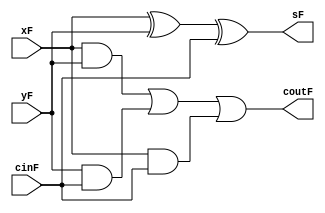
 module fullAdder(cinF,xF,yF,sF,coutF);

		input cinF,xF,yF;
		output reg sF;
		output reg coutF;
		
		always@(cinF,xF,yF)
			begin
				coutF=(xF&yF)|(yF&cinF)|(xF&cinF);
				sF=(xF)^(yF)^(cinF);
			end

endmodule


module rippleCarryAdder(cin,x,y,s,cout);

	parameter n=4;
	input cin;
	input [n-1:0]x;
	input [n-1:0]y;
	output [n-1:0]s;
	output cout;
	wire [n:0]cW;
	wire [n-1:0]sW;
	
	genvar i;
	
	generate
		for (i=0; i<n; i=i+1)
			begin:
				adderLoop
				fullAdder stage(cW[i],x[i],y[i],sW[i],cW[i+1]);
			end
	endgenerate
	
	assign cW[0]=cin;
//	assign cout=cW[n];
	assign s=sW;
	
	assign cout = (((s^x) & (s^y)) >> 3);

endmodule